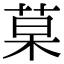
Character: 菒